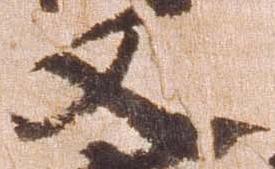
又